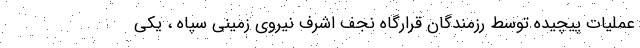
عملیات پیچیده توسط رزمندگان قرارگاه نجف اشرف نیروی زمینی سپاه ، یکی